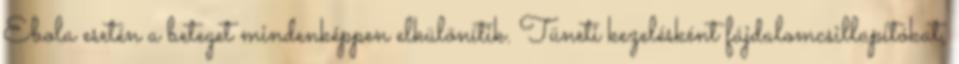
Ebola esetén a beteget mindenképpen elkülönítik. Tüneti kezelésként fájdalomcsillapítókat,